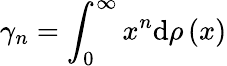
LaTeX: \gamma_{n}=\int_{0}^{\infty}x^{n}\mathrm{d}\rho\left(x\right)